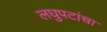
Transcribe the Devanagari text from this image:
लघुपटांचा